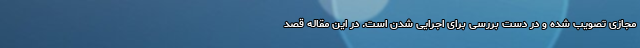
مجازی تصویب شده و در دست بررسی برای اجرایی شدن است. در این مقاله قصد